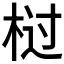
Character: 𭪆